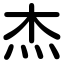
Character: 杰